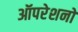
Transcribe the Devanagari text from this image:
ऑपरेशनो